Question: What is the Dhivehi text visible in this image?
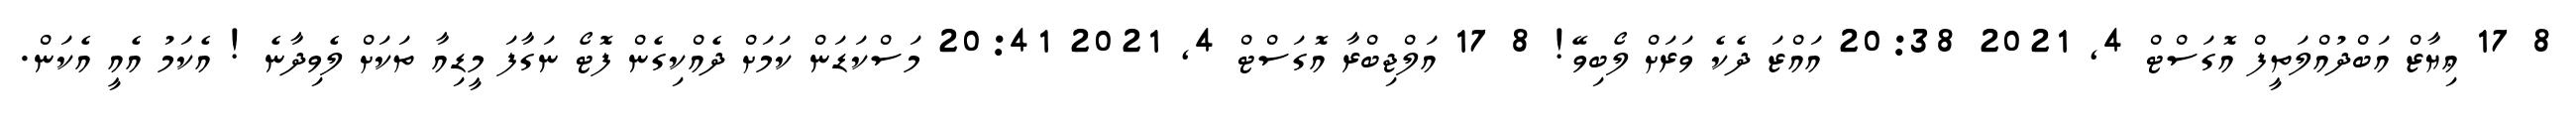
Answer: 8 17 ޢިޔާޒް އަބްދުއްލަތީފް އޮގަސްޓް 4, 2021 20:38 އައްޒަ ދެކެ ވަރަށް ލޯބިވޭ! 8 17 އަލްޖިބްރާ އޮގަސްޓް 4, 2021 20:41 މަސްކަޑަން ކަމަށް ދެއްކިގެން ފޮޓޯ ނަގާފަ މީޑިއާ ތަކަށް ލެވިދާނެ ! އެކަމު އެއީ އެކަން.